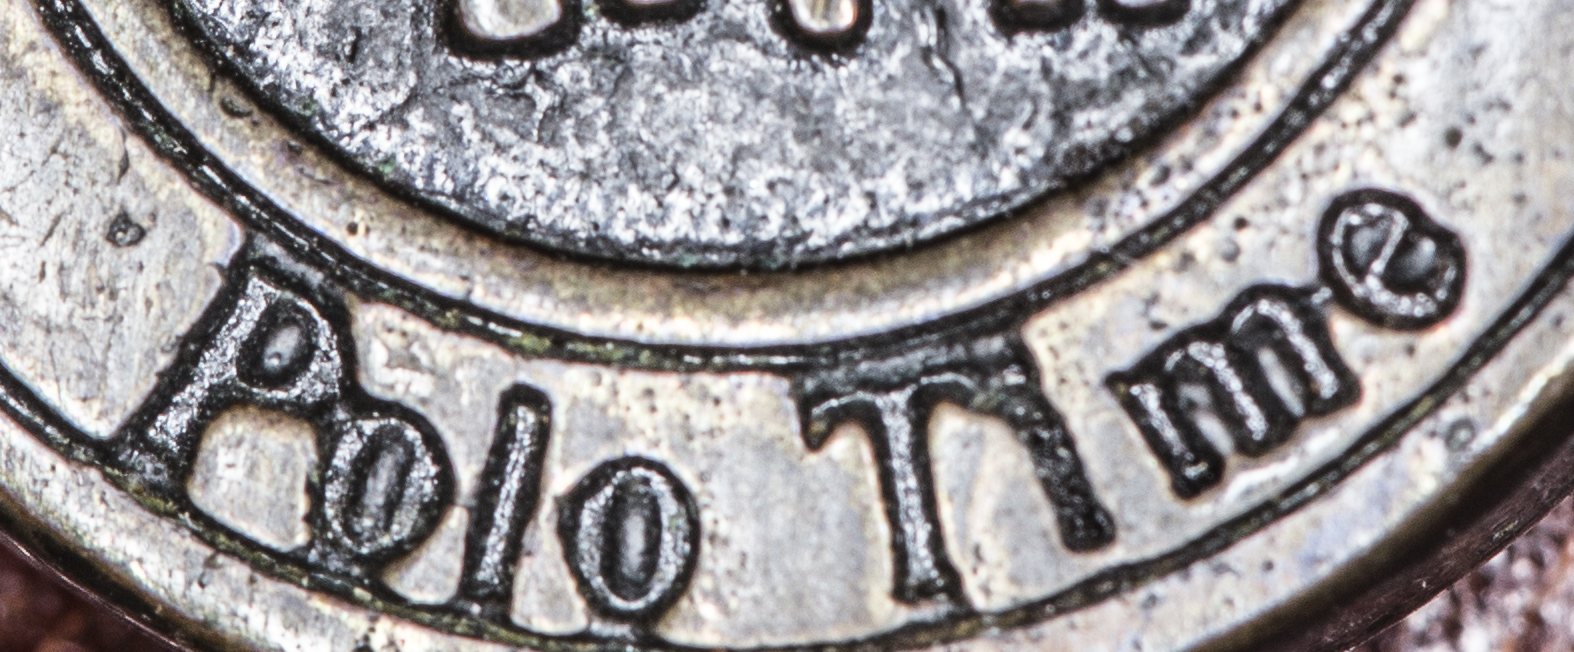
Polo Time